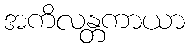
အကိလန္တကာယာ